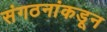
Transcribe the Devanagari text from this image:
संगठनांकडून